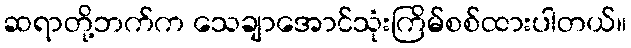
ဆရာတို့ဘက်က သေချာအောင်သုံးကြိမ်စစ်ထားပါတယ်။